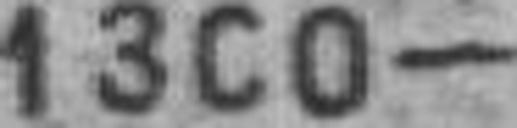
1300—